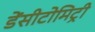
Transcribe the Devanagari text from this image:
डेंसीटोमिट्री